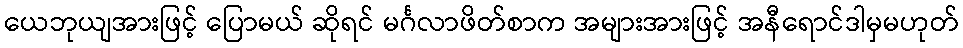
ယေဘုယျအားဖြင့် ပြောမယ် ဆိုရင် မင်္ဂလာဖိတ်စာက အများအားဖြင့် အနီရောင်ဒါမှမဟုတ်